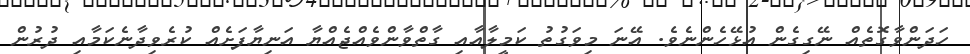
ހަދަންވާގޮތެއް ނޭގިގެން އުޅޭހެންނެވެ. އޭނަ މިވަގުތު ކަމީލާއާއި ގާތްވާންވެއްޖެއްޔާ އަނިޔާފަށެއް ކުރެވިދާނެކަމާއި ދުރުން